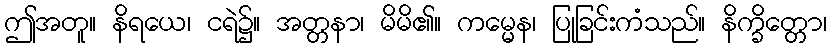
ဤအတူ။ နိရယေ၊ ငရဲ၌။ အတ္တနာ၊ မိမိ၏။ ကမ္မေန၊ ပြုခြင်းကံသည်။ နိက္ခိတ္တော၊